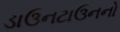
ડાઉનટાઉનનો